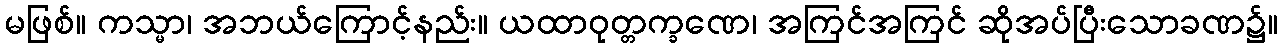
မဖြစ်။ ကသ္မာ၊ အဘယ်ကြောင့်နည်း။ ယထာဝုတ္တက္ခဏေ၊ အကြင်အကြင် ဆိုအပ်ပြီးသောခဏ၌။